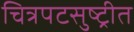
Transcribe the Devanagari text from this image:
चित्रपटसुष्ट्रीत